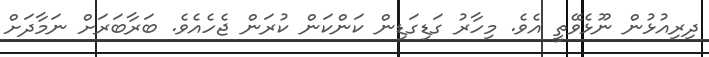
ދިރިއުޅުން ނޫޅެވޭތީ އެވެ. މިހާރު ގަޑިގަޑިން ކަންކަން ކުރަން ޖެހެއެވެ. ބަރާބަރަށް ނަމާދަށް